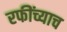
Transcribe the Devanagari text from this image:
रफींच्याच